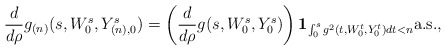
\begin{align*} \frac{d}{d\rho} g_{(n)}(s, W_0^s, Y_{(n), 0}^s)=\left(\frac{d}{d\rho} g(s, W_0^s, Y_{0}^s)\right) \mathbf{1}_{\int_0^s g^2(t, W_0^t, Y_{0}^t) dt < n} \mbox{a.s.},\end{align*}